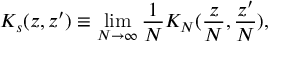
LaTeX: K _ { s } ( z , z ^ { \prime } ) \equiv \operatorname * { l i m } _ { N \rightarrow \infty } \frac 1 N K _ { N } ( \frac { z } { N } , \frac { z ^ { \prime } } { N } ) ,